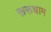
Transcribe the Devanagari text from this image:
रूरूधाम